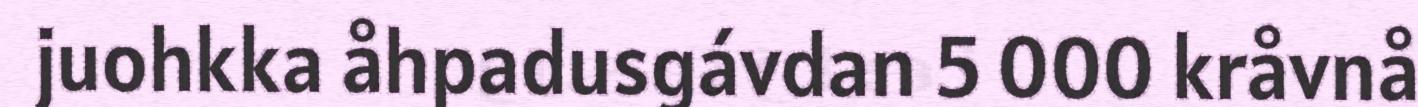
juohkka åhpadusgávdan 5 000 kråvnå